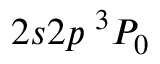
2 s 2 p \phantom { \rule { 0.3 em } { 0 ex } } ^ { 3 } P _ { 0 }